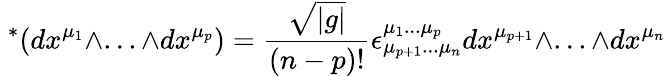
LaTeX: \ ^{*}(dx^{\mu_{1}}\wedge...\wedge dx^{\mu_{p}})=\frac{\sqrt{|g|}}{(n-p)!}\epsilon_{\mu_{p+1}...\mu_{n}}^{\mu_{1}...\mu_{p}}dx^{\mu_{p+1}}\wedge...\wedge dx^{\mu_{n}}